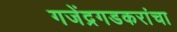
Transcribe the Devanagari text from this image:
गजेंद्रगडकरांचा